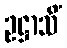
ဥဋ္ဌာသိံ